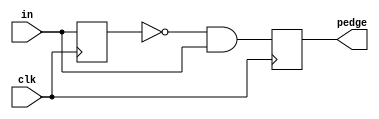
module top_module (
    input clk,
    input [7:0] in,
    output [7:0] pedge
);
    reg  [7:0] in_reg;
    wire [7:0] out_n;

    always @(posedge clk) begin
        in_reg <= in;
        pedge  <= out_n;
    end

    assign out_n = ~in_reg & in;
endmodule